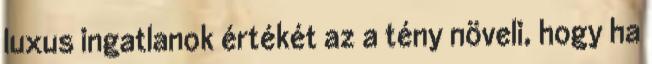
luxus ingatlanok értékét az a tény növeli, hogy ha